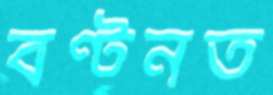
বণ্টনত